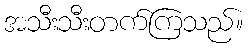
အသီးသီးတက်ကြသည်။